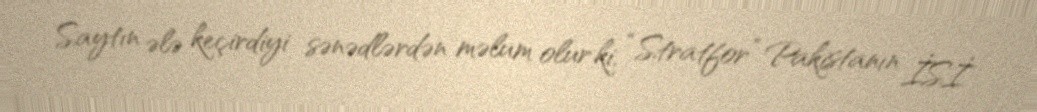
Saytın ələ keçirdiyi sənədlərdən məlum olur ki, “Stratfor” Pakistanın İSİ